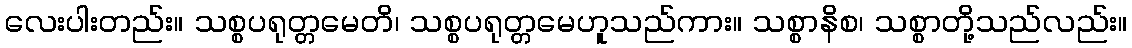
လေးပါးတည်း။ သစ္စပရုတ္တမေတိ၊ သစ္စပရုတ္တမေဟူသည်ကား။ သစ္စာနိစ၊ သစ္စာတို့သည်လည်း။